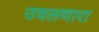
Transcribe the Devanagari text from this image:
उचलणारा